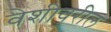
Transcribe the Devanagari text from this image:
वेशीवरील